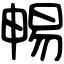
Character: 𣈱